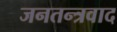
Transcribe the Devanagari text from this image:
जनतन्त्रवाद